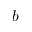
b